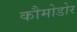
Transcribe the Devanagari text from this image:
कौमोडोर